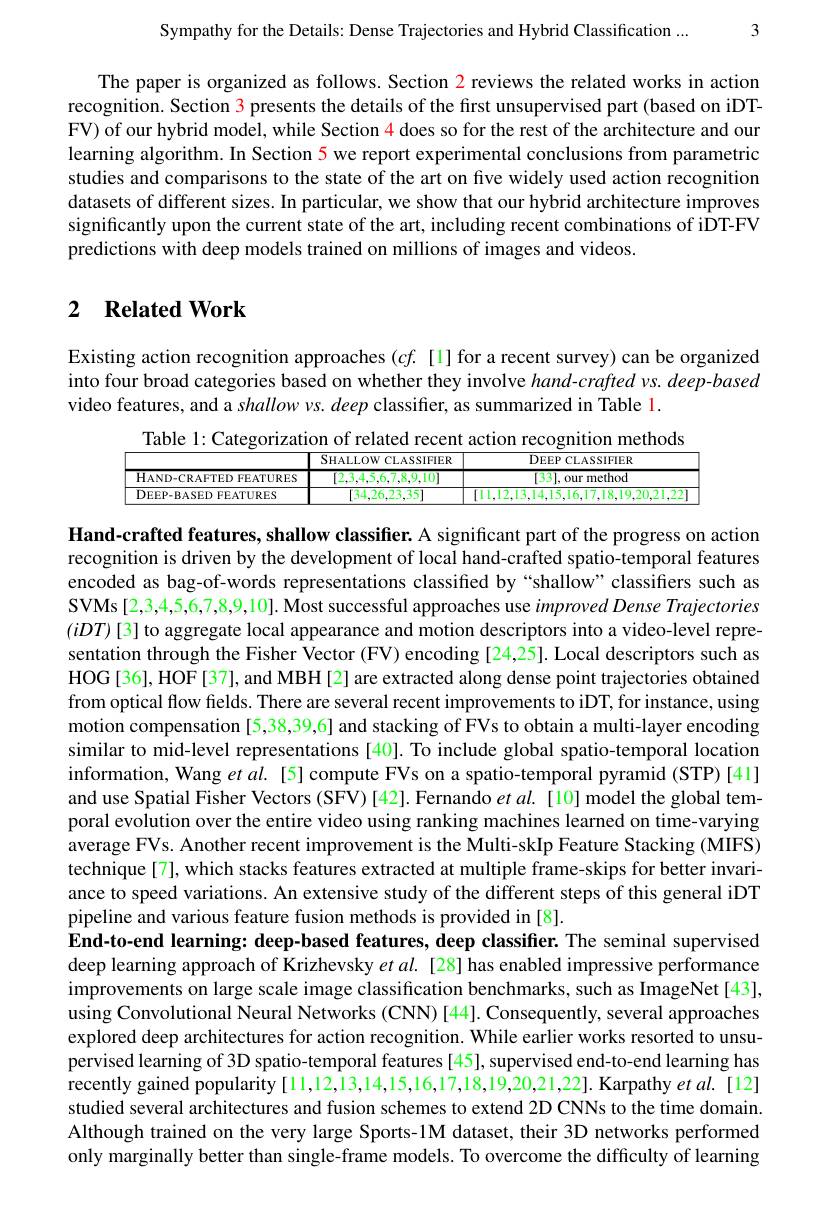
Sympathy for the Details: Dense Trajectories and Hybrid Classification ...3

The paper is organized as follows. Section 2 reviews the related works in action recognition. Section 3 presents the details of the first unsupervised part (based on iDTFV) of our hybrid model, while Section 4 does so for the rest of the architecture and our learning algorithm. In Section 5 we report experimental conclusions from parametric studies and comparisons to the state of the art on five widely used action recognition datasets of different sizes. In particular, we show that our hybrid architecture improves significantly upon the current state of the art, including recent combinations of iDT-FV predictions with deep models trained on millions of images and videos.

# 2 Related Work

Existing action recognition approaches $(cf.$ [1]for a recent survey) can be organized into four broad categories based on whether they involve hand-crafted vs. deep-based video features, and a shallow vs. deep classifier, as summarized in Table l
Table 1: Categorization of related recent action recognition methods

<table>
	<tbody>
		<tr>
			<th> </th>
			<th>$SHALLOW$ 1 CLASSIFIER</th>
			<th>DEEP CLASSIFIER</th>
		</tr>
		<tr>
			<td>${\mathrm{HAND-CRAFTED~FEATURES}}$</td>
			<td>[2,3,4,5,6,7,8,9,10]</td>
			<td>[33],our method</td>
		</tr>
		<tr>
			<td>DEEP- BASED , FEATURES</td>
			<td>34.26.23.35</td>
			<td>[11,12,13,14,15,16,17,18,19,20,21,22]</td>
		</tr>
	</tbody>
</table>

Hand-crafted features, shallow classifier. A significant part of the progress on action recognition is driven by the development of local hand-crafted spatio-temporal features encoded as bag-of-words representations classified by“shallow”classifiers such as SVMs[2,3,4,5,6,7,8,9,10]. Most successful approaches use $improved\textit{Dense Trajectories}$ $(iDT)[3]$ to aggregate local appearance and motion descriptors into a video-level representation through the Fisher Vector (FV) encoding [24,25]. Local descriptors such as HOG[36], HOF[37], and MBH[2] are extracted along dense point trajectories obtained from optical flow fields. There are several recent improvements to iDT, for instance, using motion compensation [5,38,39,6] and stacking of FVs to obtain a multi-layer encoding similar to mid-level representations [40]. To include global spatio-temporal location information, Wang $etal.$ [5] compute FVs on a spatio-temporal pyramid (STP)[41] and use Spatial Fisher Vectors (SFV)[42]. Fernando $et\textit{al. [ 10] modelthe globaltem- }$ poral evolution over the entire video using ranking machines learned on time-varying average FVs. Another recent improvement is the Multi-skIp Feature Stacking (MIFS) technique[7], which stacks features extracted at multiple frame-skips for better invariance to speed variations. An extensive study of the different steps of this general iDT pipeline and various feature fusion methods is provided in [8].
End-to-end learning: deep-based features, deep classifier. The seminal supervised deep learning approach of Krizhevsky $etal.$ [28] has enabled impressive performance improvements on large scale image classification benchmarks, such as ImageNet[43], using Convolutional Neural Networks (CNN) [44]. Consequently, several approaches explored deep architectures for action recognition. While earlier works resorted to unsupervised learning of 3D spatio-temporal features [45], supervised end-to-end learning has recently gained popularity [11,12,13,14,15,16,17,18,19,20,21,22]. Karpathy et al. [12] studied several architectures and fusion schemes to extend 2D CNNs to the time domain. Although trained on the very large Sports-1M dataset, their 3D networks performed only marginally better than single-frame models. To overcome the difficulty of learning